Papers set at the Examination for Leaving Certificates, 1894
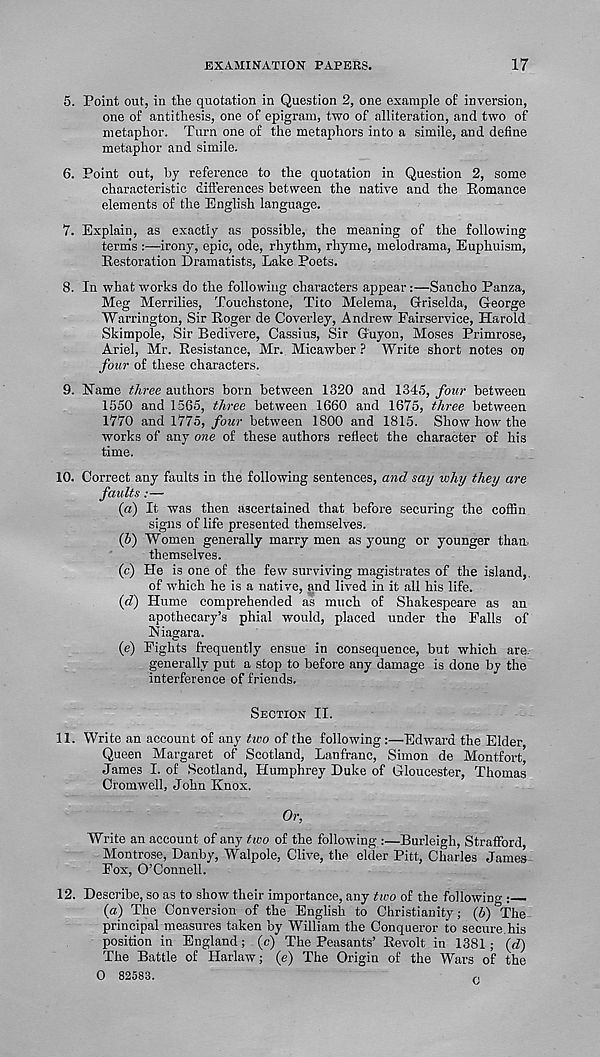
EXAMINATION PAPEES.
17
5. Point out, in the quotation in Question 2, one example of inversion,
one of antithesis, one of epigram, two of alliteration, and two of
metaphor. Turn one of the metaphors into a simile, and define
metaphor and simile.
6. Point out, by reference to the quotation in Question 2, some
characteristic differences between the native and the Romance
elements of the English language.
7. Explain, as exactly as possible, the meaning of the following
term's :—irony, epic, ode, rhythm, rhyme, melodrama, Euphuism,
Restoration Dramatists, Lake Poets.
8. In what works do the following characters appear:—Sancho Panza,
Meg Merrilies, Touchstone, Tito Melema, G-riselda, George
Warrington, Sir Roger de Coverley, Andrew Fairservice, Harold
Skimpole, Sir Bedivere, Cassius, Sir G'uyon, Moses Primrose,
Ariel, Mr. Resistance, Mr. Micawber ? Write short notes on
four of these characters.
9. Flame three authors born between 1320 and 1345, four between
1550 and 1565, three between 1660 and 1675, three between
1770 and 1775, four between 1800 and 1815. Show how the
works of any one of these authors reflect the character of his
time.
10. Correct any faults in the following sentences, and say why they are
faults:—
(a) It was then ascertained that before securing the coffin
signs of life presented themselves.
(5) Women generally marry men as young or younger than,
themselves.
(c) He is one of the few surviving magistrates of the island,.
of which he is a native, and lived in it all his life.
(d) Hume comprehended as much of Shakespeare as an
apothecary’s phial would, placed under the Falls of
Niagara.
(e) Fights frequently ensue in consequence, but which are.
generally put a stop to before any damage is done by the
interference of friends.
Section II.
11. Write an account of any tico of the following:—Edward the Elder
Queen Margaret of Scotland, Lanfranc, Simon de Montfort
James I. of Scotland, Humphrey Duke of Gloucester, Thomas
Cromwell, John Knox.
Or,
Write an account of any two of the following :—Burleigh, Strafford
Montrose, Danby, Walpole, Clive, the elder Pitt, Charles James
Fox, O’Connell.
12. Describe, so as to show their importance, any two of the following :
(a) The Conversion of the English to Christianity; (6) The
principal measures taken by William the Conqueror to secure.his
position in England; (c) The Peasants’ Revolt in 1381; (d)
The Battle of Harlaw; (e) The Origin of the Wars of the
0 82583.